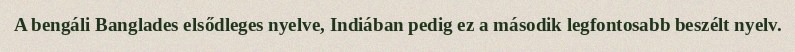
A bengáli Banglades elsődleges nyelve, Indiában pedig ez a második legfontosabb beszélt nyelv.